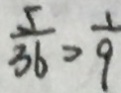
\frac { 5 } { 3 6 } = \frac { 1 } { 9 }